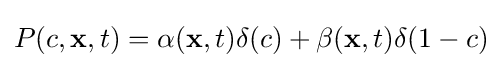
P(c,\mathbf {x} ,t)=\alpha (\mathbf {x} ,t)\delta (c)+\beta (\mathbf {x} ,t)\delta (1-c)